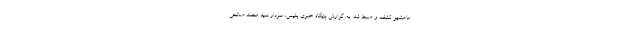
ماهشهر کشف و ضبط شد. به گزارش پایگاه خبری پلیس، سردار سید محمد صالحی